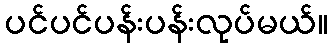
ပင်ပင်ပန်းပန်းလုပ်မယ်။